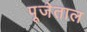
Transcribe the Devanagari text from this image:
पूजेताल